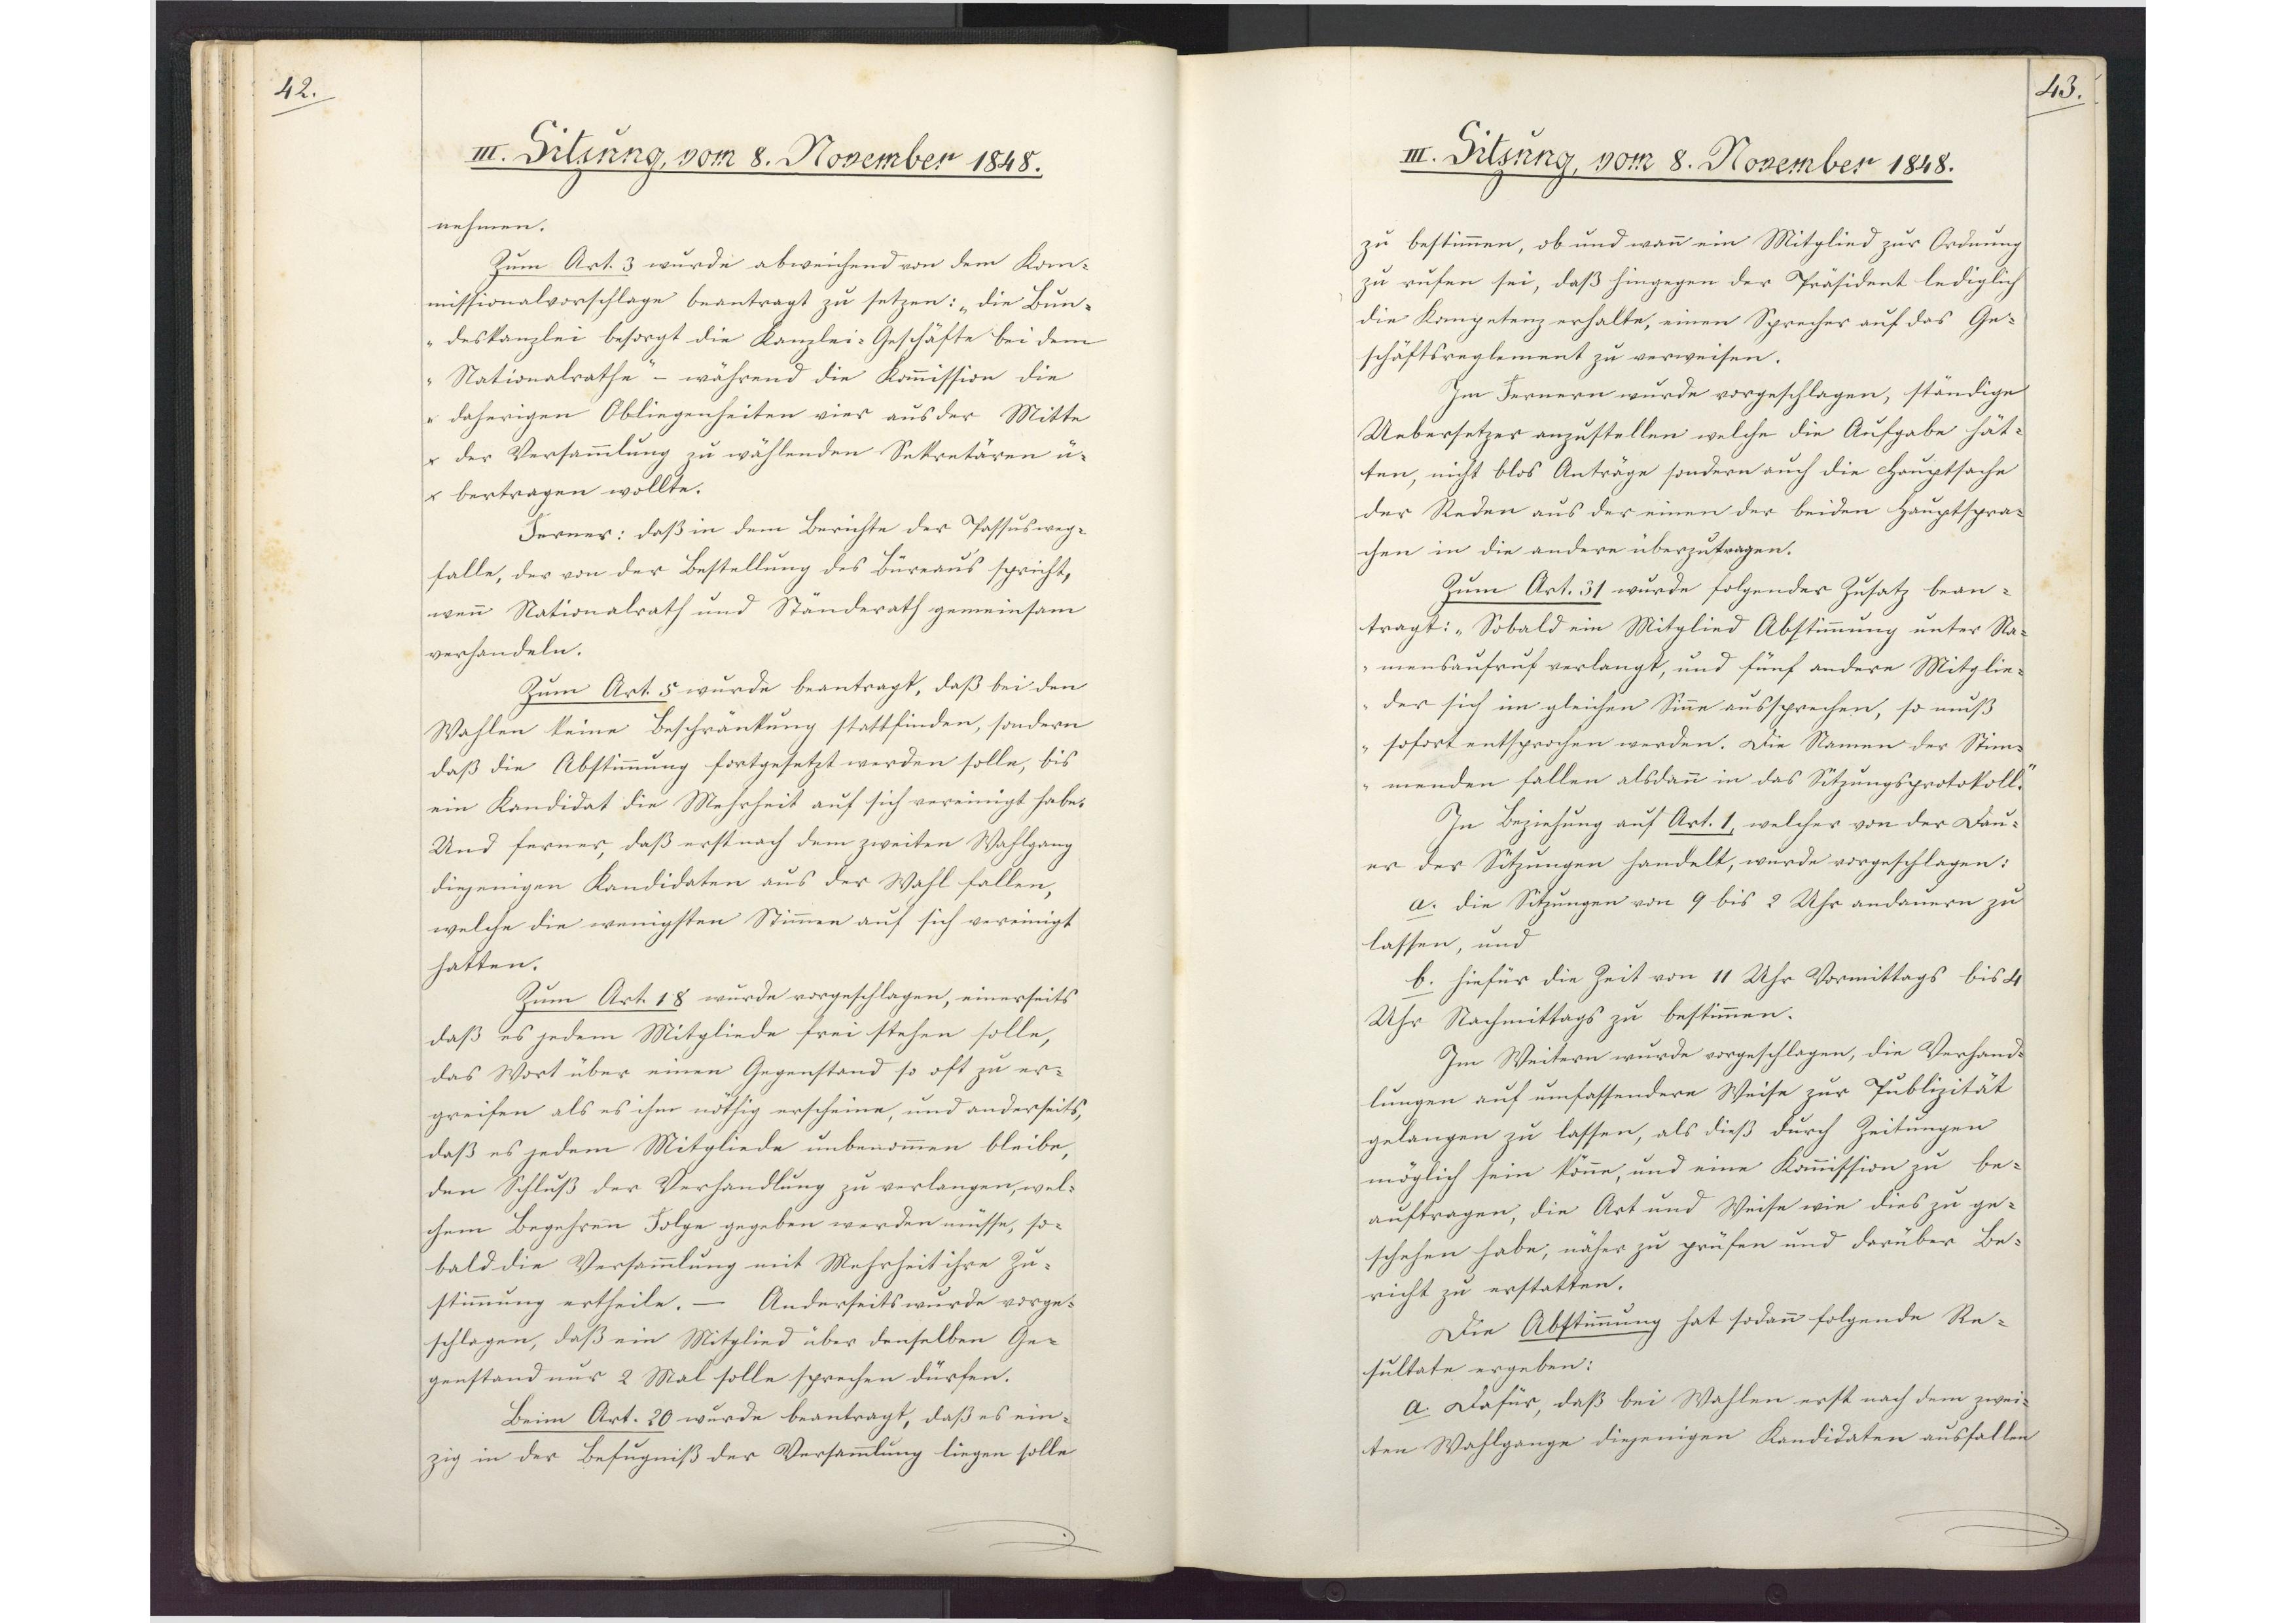
42.

III. Sitzung, vom 8. November 1848.

nehmen.
Zum Art. 3 wurde abweichend von dem Kom¬
missionalvorschlage beantragt zu setzen: "die Bun¬
deskanzlei besorgt die Kanzlei-Geschäfte bei dem
Nationalrathe" - während die Kommission die
daherigen Obliegenheiten vier aus der Mitte
der Versammlung in wählenden Sekretären ü¬
bertragen wollte.
Ferner: daß in dem Berichte der Passus weg¬
falle, der von der Bestellung des Büreaus spricht,
wenn Nationalrath und Ständerath gemeinsam
verhandeln.
Zum Art. 5 wurde beantragt, daß bei den
Wahlen keine Beschränkung stattfinden, sondern
daß die Abstimmung fortgesetzt werden solle, bis
ein Kandidat die Mehrheit auf sich vereinigt habe.
Und ferner, daß erst nach dem zweiten Wahlgang
diejenigen Kandidaten aus der Wahl fallen,
welche die wenigsten Stimmen auf sich vereinigt
hatten.
Zum Art. 18 wurde vorgeschlagen, einerseits
daß es jedem Mitgliede frei stehen solle,
das Wort über einen Gegenstand so oft zu er¬
greifen als es ihm nöthig erscheine und anderseits,
daß es jedem Mitgliede unbenommen bleibe,
den Schluß der Verhandlung zu verlangen, wel¬
chem Begehren Folge gegeben werden müsse, so¬
bald die Versammlung mit Mehrheit ihre Zu¬
stimmung ertheile. - Anderseits wurde vorge¬
schlagen, daß ein Mitglied über denselben Ge¬
genstand nur 2 Mal solle sprechen dürfen.
Beim Art. 20 wurde beantragt, daß es ein¬
zig in der Befugniß der Versammlung liegen solle

43.

III. Sitzung, vom 8. November 1848.

zu bestimmen, ob und wann ein Mitglied zur Ordnung
zu rufen sei, daß hingegen der Präsident lediglich
die Kompetenz erhalte, einen Sprecher auf das Ge¬
schäftsreglement zu verweisen.
Im Fernern wurde vorgeschlagen, ständige
Uebersetzer anzustellen welche die Aufgabe hät¬
ten, nicht blos Anträge sondern auch die Hauptsache
der Reden aus der einen der beiden Hauptspra¬
chen in die andere überzutragen.
Zum Art. 31 wurde folgender Zusatz bean¬
tragt: "Sobald ein Mitglied Abstimmung unter Na¬
mensaufruf verlangt, und fünf andere Mitglie¬
der sich im gleichen Sinne aussprechen, so muß
sofort entsprochen werden. Die Namen der Stim¬
menden fallen alsdann in das Sitzungsprotokoll."
In Beziehung auf Art. 1, welcher von der Dau¬
er der Sitzungen handelt, wurde vorgeschlagen:
a. die Sitzungen von 9 bis 2 Uhr andauern zu
lassen, und
b. hiefür die Zeit von 11 Uhr Vormittags bis 4
Uhr Nachmittags zu bestimmen.
Im Weitern wurde vorgeschlagen, die Verhand¬
lungen auf umfassendere Weise zur Publizität
gelangen zu lassen, als dieß durch Zeitungen
möglich sein könne, und eine Kommission in be¬
auftragen, die Art und Weise wie dies zu ge¬
schehen habe, näher zu prüfen und darüber Be¬
richt zu erstatten.
Die Abstimmung hat sodann folgende Re¬
sultate ergeben:
a. Dafür, daß bei Wahlen erst nach dem zwei¬
ten Wahlgange diejenigen Kandidaten ausfallen